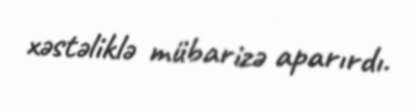
xəstəliklə mübarizə aparırdı.